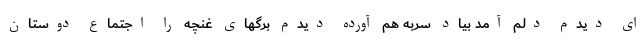
ای دیدم دلم آمد بیاد سربه هم آورده دیدم برگهای غنچه را اجتماع دوستان